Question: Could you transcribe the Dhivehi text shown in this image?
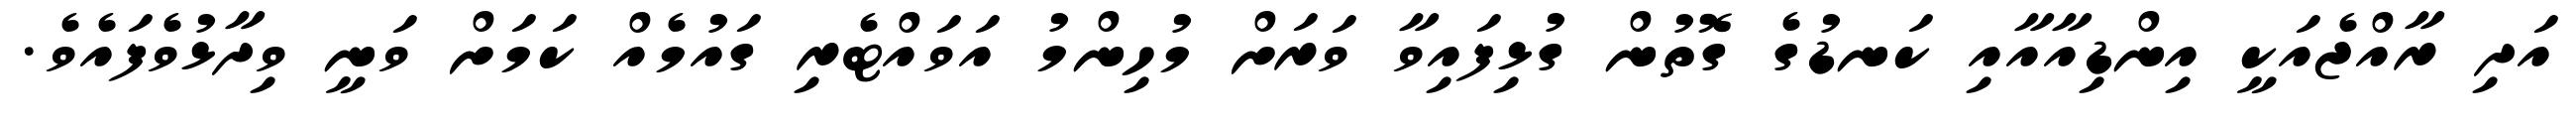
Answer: އަދި ރާއްޖެއަކީ އިންޑިއާއާއި ކަނޑުގެ ގޮތުން ގުޅިފައިވާ ވަރަށް މުހިންމު އަވައްޓެރި ގައުމެއް ކަމަށް ވަނީ ވިދާޅުވެފައެވެ.